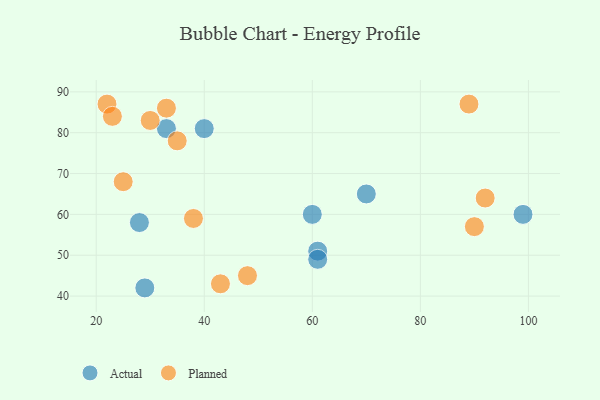
{"axis": {"x": "GDP", "y": "Life Expectancy"}, "legend": ["Actual", "Planned"], "data": [{"x": "28", "y": 58, "type": "Actual"}, {"x": "33", "y": 81, "type": "Actual"}, {"x": "40", "y": 81, "type": "Actual"}, {"x": "99", "y": 60, "type": "Actual"}, {"x": "60", "y": 60, "type": "Actual"}, {"x": "70", "y": 65, "type": "Actual"}, {"x": "61", "y": 51, "type": "Actual"}, {"x": "61", "y": 49, "type": "Actual"}, {"x": "29", "y": 42, "type": "Actual"}, {"x": "43", "y": 43, "type": "Planned"}, {"x": "89", "y": 87, "type": "Planned"}, {"x": "33", "y": 86, "type": "Planned"}, {"x": "25", "y": 68, "type": "Planned"}, {"x": "22", "y": 87, "type": "Planned"}, {"x": "30", "y": 83, "type": "Planned"}, {"x": "48", "y": 45, "type": "Planned"}, {"x": "92", "y": 64, "type": "Planned"}, {"x": "23", "y": 84, "type": "Planned"}, {"x": "35", "y": 78, "type": "Planned"}, {"x": "38", "y": 59, "type": "Planned"}, {"x": "90", "y": 57, "type": "Planned"}]}